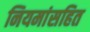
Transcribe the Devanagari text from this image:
नियमांसहित